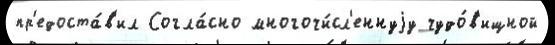
пр'едоста́в'ил Согла́сно многочи́сл'еннуjу чудо́в'ищной